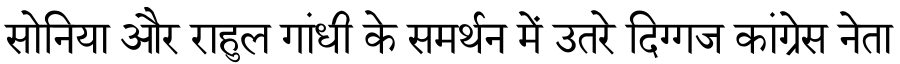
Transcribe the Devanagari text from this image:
सोनिया और राहुल गांधी के समर्थन में उतरे दिग्गज कांग्रेस नेता